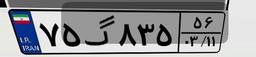
۷۵گ۸۳۵۵۶